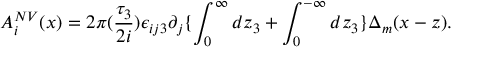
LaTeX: A _ { i } ^ { N V } ( x ) = 2 \pi ( \frac { \tau _ { 3 } } { 2 i } ) \epsilon _ { i j 3 } \partial _ { j } \{ \int _ { 0 } ^ { \infty } d z _ { 3 } + \int _ { 0 } ^ { - \infty } d z _ { 3 } \} \Delta _ { m } ( x - z ) .